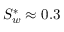
S _ { w } ^ { * } \approx 0 . 3